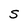
Character: S